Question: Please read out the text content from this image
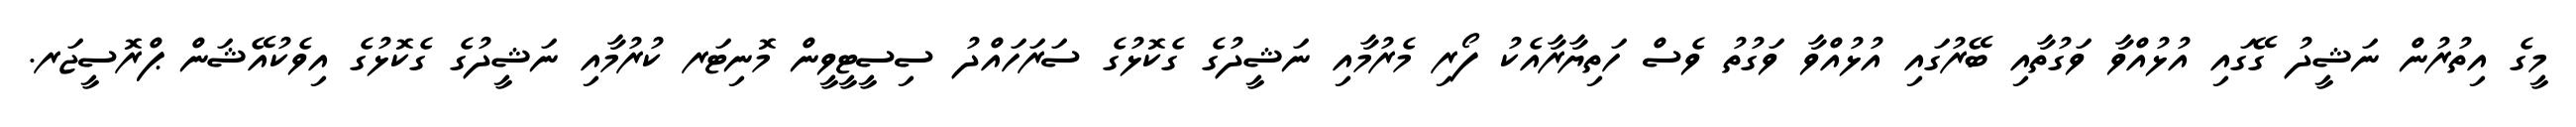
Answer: މީގެ އިތުރުން ނަޝީދު ގޭގައި އުޅުއްވާ ވަގުތާއި ބޭރުގައި އުޅުއްވާ ވަގުތު ވެސް ހަތިޔާރާއެކު ފޯރި މެރުމާއި ނަޝީދުގެ ގެކޮޅުގެ ސަރަހައްދު ސިސީޓީވީން މޮނިޓަރ ކުރުމާއި ނަޝީދުގެ ގެކޮޅުގެ އިވެކުއޭޝަން ޕްރޮސީޖަރ.